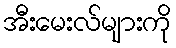
အီးမေးလ်များကို